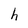
Character: h